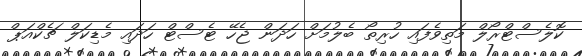
ކޮލެސްޓްރޯލް މަތިވެފައި ހުރިތޯ ބެލުމަށް ހަދަން ޖެހޭ ޓެސްޓް ހަދައި މެޑިކަލް ޗެކްއަޕް